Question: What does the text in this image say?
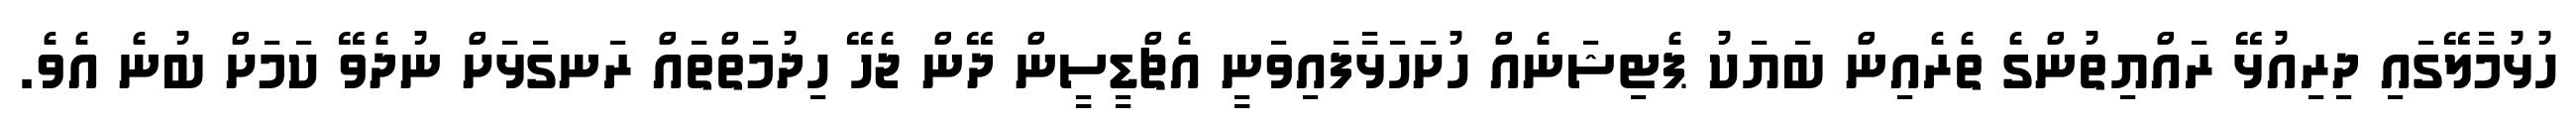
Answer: ހުޅުމާލޭގައި ދިރިއުޅޭ ރައްޔިތުންގެ ތެރެއިން ބަޔަކު ޕެޓިޝަނެއް ހުށަހަޅާފައިވަނީ އެޗްޑީސީން ދޭން ޖެހޭ ހިދުމަތްތައް ރަނގަޅަށް ނުދެވޭ ކަމަށް ބުނެ އެވެ.